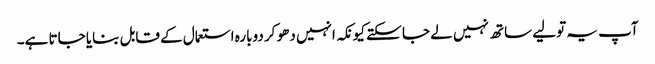
آپ یہ تولیے ساتھ نہیں لے جا سکتے کیونکہ انہیں دھو کر دوبارہ استعمال کے قابل بنایا جاتا ہے۔